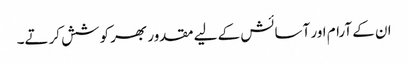
ان کے آرام اور آسائش کے لیے مقدور بھر کوشش کرتے۔